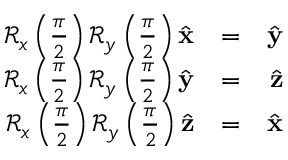
\begin{array} { r l r } { \mathcal { R } _ { x } \left( \frac { \pi } { 2 } \right) \mathcal { R } _ { y } \left( \frac { \pi } { 2 } \right) \hat { \bf x } } & { = } & { \hat { \bf y } } \\ { \mathcal { R } _ { x } \left( \frac { \pi } { 2 } \right) \mathcal { R } _ { y } \left( \frac { \pi } { 2 } \right) \hat { \bf y } } & { = } & { \hat { \bf z } } \\ { \mathcal { R } _ { x } \left( \frac { \pi } { 2 } \right) \mathcal { R } _ { y } \left( \frac { \pi } { 2 } \right) \hat { \bf z } } & { = } & { \hat { \bf x } } \end{array}